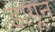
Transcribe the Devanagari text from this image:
डागून